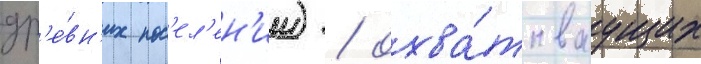
др'е́вн'их пос'ел'ен'ии) / охва́тываущих